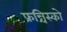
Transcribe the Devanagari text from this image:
फ्रन्चिस्को